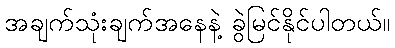
အချက်သုံးချက်အနေနဲ့ ခွဲမြင်နိုင်ပါတယ်။